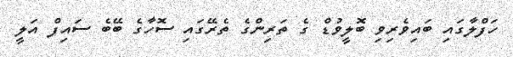
ހަފްލާގައި ބައިވެރިވި ބޮލީވުޑް ގެ ތަރިންގެ ތެރޭގައި ސޮހާގެ ބޭބެ ސައިފް އަލީ